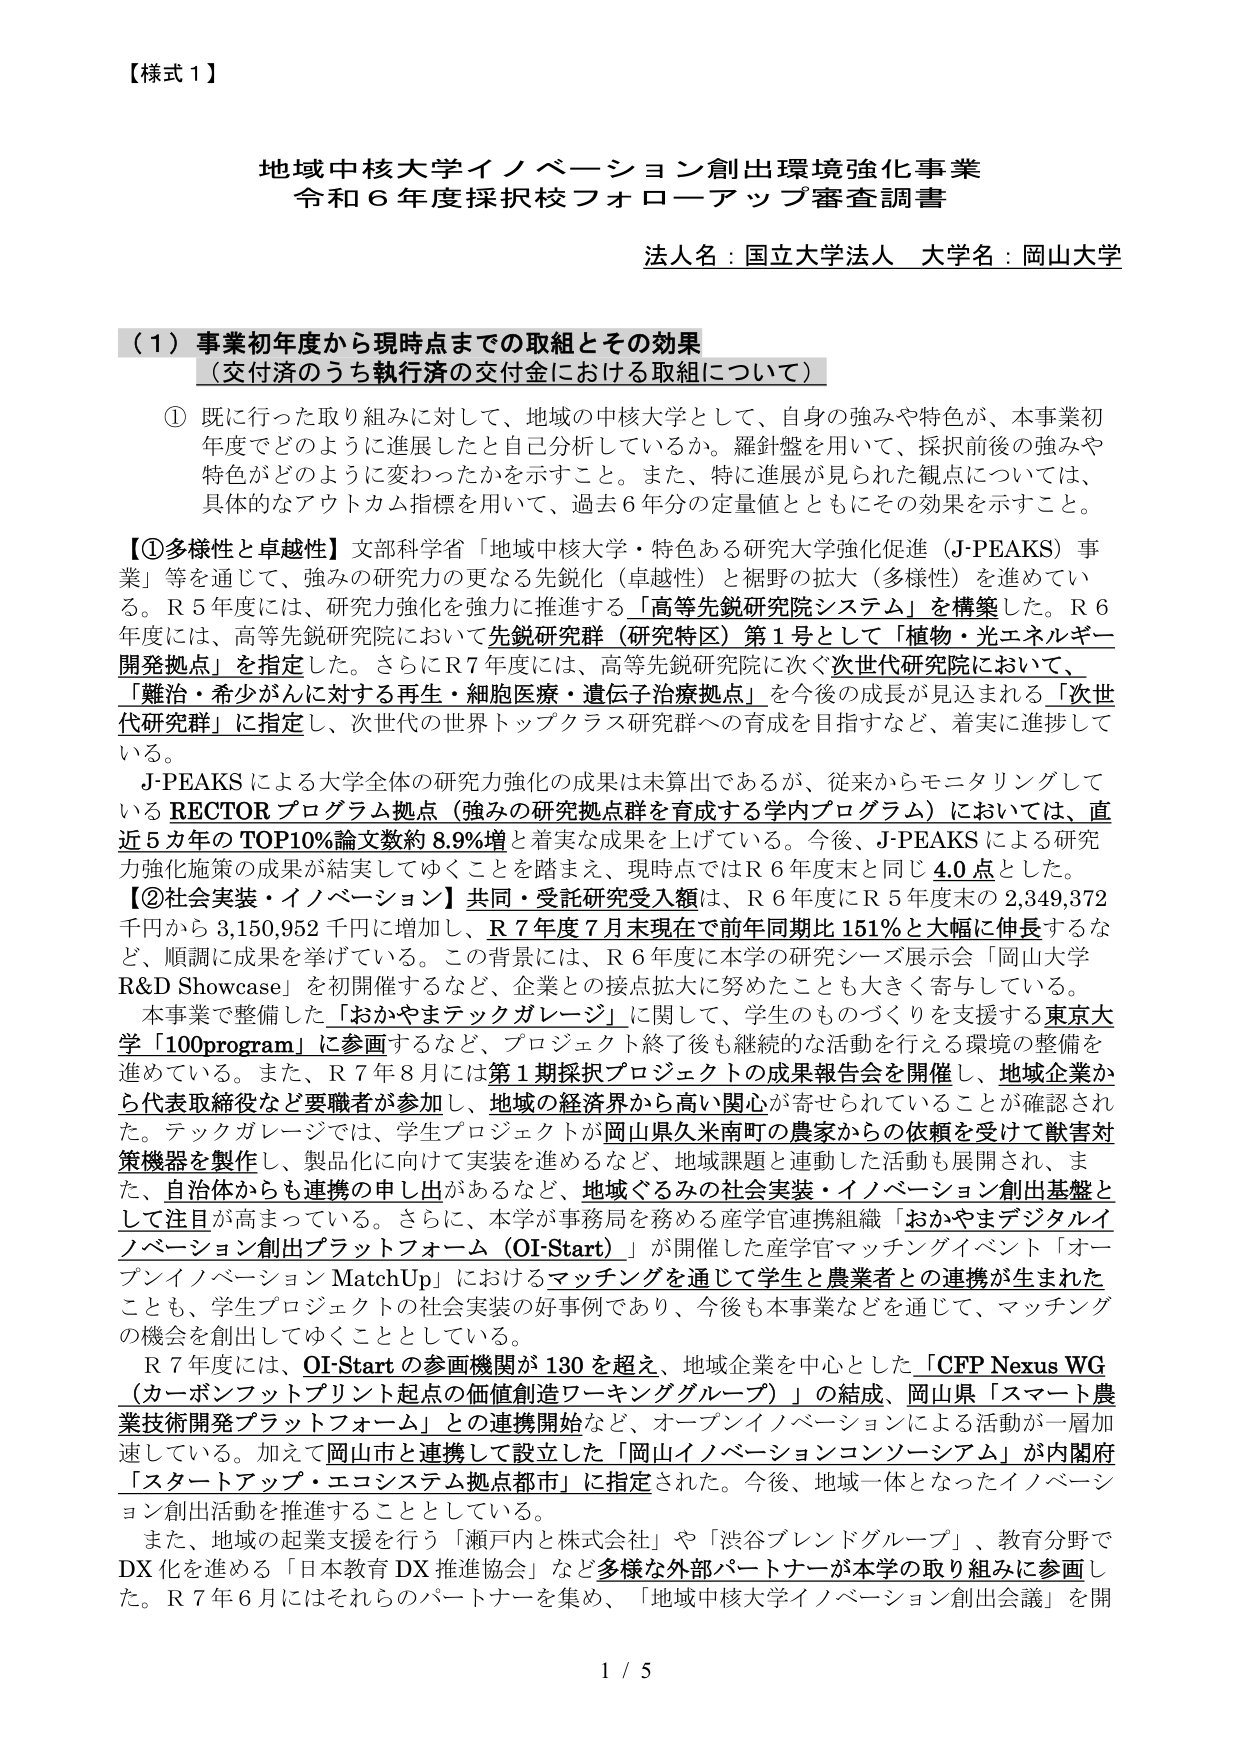
【様式１】

地域中核大学イノベーション創出環境強化事業
令和６年度採択校フォローアップ審査調書

法人名：国立大学法人　大学名：岡山大学

（１）事業初年度から現時点までの取組とその効果
（交付済のうち執行済の交付金における取組について）

① 既に行った取り組みに対して、地域の中核大学として、自身の強みや特色が、本事業初年度でどのように進展したか自己分析しているか。羅針盤を用いて、採択前後の強みや特色がどのように変わったかを示すこと。また、特に進展が見られた観点については、具体的なアウトカム指標を用いて、過去６年分の定量値とともにその効果を示すこと。

【①多様性と卓越性】文部科学省「地域中核大学・特色ある研究大学強化促進（J-PEAKS）事業」等を通じて、強みの研究力の更なる先鋭化（卓越性）と裾野の拡大（多様性）を進めている。Ｒ５年度には、研究力強化を強力に推進する「高等先鋭研究院システム」を構築した。Ｒ６年度には、高等先鋭研究院において先鋭研究群（研究特区）第１号として「植物・光エネルギー開発拠点」を指定した。さらにＲ７年度には、高等先鋭研究院に次ぐ次世代研究院において、「難治・希少がんに対する再生・細胞医療・遺伝子治療拠点」を今後の成長が見込まれる「次世代研究群」に指定し、次世代の世界トップクラス研究群への育成を目指すなど、着実に進捗している。

J-PEAKSによる大学全体の研究力強化の成果は未算出であるが、従来からモニタリングしているRECTORプログラム拠点（強みの研究拠点群を育成する学内プログラム）においては、直近５カ年のTOP10%論文数約8.9%増と着実な成果を上げている。今後、J-PEAKSによる研究力強化施策の成果が結実してゆくことを踏まえ、現時点ではＲ６年度末と同じ4.0点とした。

【②社会実装・イノベーション】共同・受託研究受入額は、Ｒ６年度にＲ５年度末の2,349,372千円から3,150,952千円に増加し、Ｒ７年度７月末現在で前年同期比151%と大幅に伸長するなど、順調に成果を挙げている。この背景には、Ｒ６年度に本学の研究シーズ展示会「岡山大学R&D Showcase」を初開催するなど、企業との接点拡大に努めたことも大きく寄与している。

本事業で整備した「おかやまテックガレージ」に関して、学生のものづくりを支援する東京大学「100program」に参画するなど、プロジェクト終了後も継続的な活動を行える環境の整備を進めている。また、Ｒ７年８月には第１期採択プロジェクトの成果報告会を開催し、地域企業から代表取締役など要職者が参加し、地域の経済界から高い関心が寄せられていることが確認された。テックガレージでは、学生プロジェクトが岡山県久米南町の農家からの依頼を受けて獣害対策機器を製作し、製品化に向けて実装を進めるなど、地域課題と連動した活動も展開され、また、自治体からも連携の申し出があるなど、地域ぐるみの社会実装・イノベーション創出基盤として注目が高まっている。さらに、本学が事務局を務める産学官連携組織「おかやまデジタルイノベーション創出プラットフォーム（OI-Start）」が開催した産学官マッチングイベント「オープンイノベーション MatchUp」におけるマッチングを通じて学生と農業者との連携が生まれたことも、学生プロジェクトの社会実装の好事例であり、今後も本事業などを通じて、マッチングの機会を創出してゆくこととしている。

Ｒ７年度には、OI-Startの参画機関が130を超え、地域企業を中心とした「CFP Nexus WG（カーボンフットプリント起点の価値創造ワーキンググループ）」の結成、岡山県「スマート農業技術開発プラットフォーム」との連携開始など、オープンイノベーションによる活動が一層加速している。加えて岡山市と連携して設立した「岡山イノベーションコンソーシアム」が内閣府「スタートアップ・エコシステム拠点都市」に指定された。今後、地域一体となったイノベーション創出活動を推進することとしている。

また、地域の起業支援を行う「瀬戸内と株式会社」や「渋谷ブレンドグループ」、教育分野でDX化を進める「日本教育DX推進協会」など多様な外部パートナーが本学の取り組みに参画した。Ｒ７年６月にはそれらのパートナーを集め、「地域中核大学イノベーション創出会議」を開

1 / 5